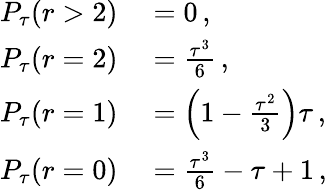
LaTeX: \begin{array}{rl}{P_{\tau}(r>2)}&{{}=0\, ,}\\ {P_{\tau}(r=2)}&{{}=\frac{\tau^{3}}{6}\, ,}\\ {P_{\tau}(r=1)}&{{}=\left(1-\frac{\tau^{2}}{3}\right)\tau\, ,}\\ {P_{\tau}(r=0)}&{{}=\frac{\tau^{3}}{6}-\tau+1\, ,}\end{array}